Report of the Indian Hemp Drugs Commission, 1894-1895 - Volume IV
Year: 1894
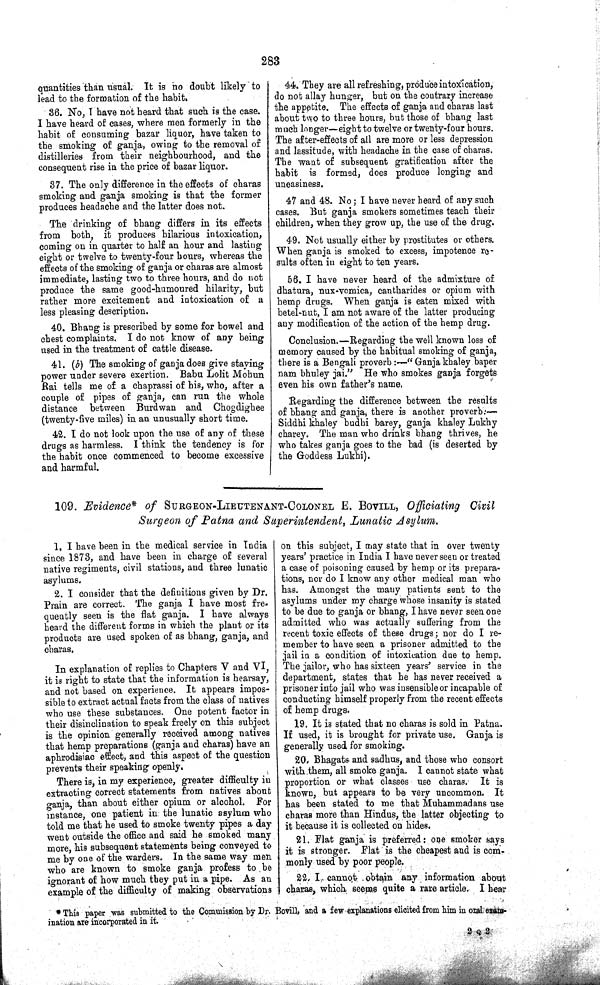
283
quantities than usual. It is no doubt likely to
lead to the formation of the habit.
36. No, I have not heard that such is the case.
I have heard of cases, where men formerly in the
habit of consuming bazar liquor, have taken to
the smoking of ganja, owing to the removal of
distilleries from their neighbourhood, and the
consequent rise in the price of bazar liquor.
37. The only difference in the effects of charas
smoking and ganja smoking is that the former
produces headache and the latter does not.
The drinking of bhang differs in its effects
from both, it produces hilarious intoxication,
coming on in quarter to half an hour and lasting
eight or twelve to twenty-four hours, whereas the
effects of the smoking of ganja or charas are almost
immediate, lasting two to three hours, and do not
produce the same good-humoured hilarity, but
rather more excitement and intoxication of a
less pleasing description.
40. Bhang is prescribed by some for bowel and
chest complaints. I do not know of any being
used in the treatment of cattle disease.
41. (b) The smoking of ganja does give staying
power under severe exertion. Babu Lolit Mohun
Rai tells me of a chaprassi of his, who, after a
couple of pipes of ganja, can run the whole
distance between Burdwan and Chogdighee
(twenty-five miles) in an unusually short time.
42. I do not look upon the use of any of these
drugs as harmless. I think the tendency is for
the habit once commenced to become excessive
and harmful.
44. They are all refreshing, produce intoxication,
do not allay hunger, but on the contrary increase
the appetite. The effects of ganja and charas last
about two to three hours, but those of bhang last
much longer—eight to twelve or twenty-four hours.
The after-effects of all are more or less depression
and lassitude, with headache in the case of charas.
The want of subsequent gratification after the
habit is formed, does produce longing and
uneasiness.
47 and 48. No; I have never heard of any such
cases. But ganja smokers sometimes teach their
children, when they grow up, the use of the drug.
49. Not usually either by prostitutes or others.
When ganja is smoked to excess, impotence re-
sults often in eight to ten years.
56. I have never heard of the admixture of
dhatura, nux-vomica, cantharides or opium with
hemp drugs. When ganja is eaten mixed with
betel-nut, I am not aware of the latter producing
any modification of the action of the hemp drug.
Conclusion.—Regarding the well known loss of
memory caused by the habitual smoking of ganja,
there is a Bengali proverb:—"Ganja khaley baper
nam bhuley jai." He who smokes ganja forgets
even his own father's name.
Regarding the difference between the results
of bhang and ganja, there is another proverb:—
Siddhi khaley budhi barey, ganja khaley Lukhy
charey. The man who drinks bhang thrives, he
who takes ganja goes to the bad (is deserted by
the Goddess Lukhi).
109. Evidence* of SURGEON-LIEUTENANT-COLONEL E. BOVILL, Officiating Civil
Surgeon of Patna and Superintendent, Lunatic Asylum.
1. I have been in the medical service in India
since 1873, and have been in charge of several
native regiments, civil stations, and three lunatic
asylums.
2. I consider that the definitions given by Dr.
Prain are correct. The ganja I have most fre-
quently seen is the flat ganja. I have always
heard the different forms in which the plant or its
products are used spoken of as bhang, ganja, and
charas.
In explanation of replies to Chapters V and VI,
it is right to state that the information is hearsay,
and not based on experience. It appears impos-
sible to extract actual facts from the class of natives
who use these substances. One potent factor in
their disinclination to speak freely on this subject
is the opinion generally received among natives
that hemp preparations (ganja and charas) have an
aphrodisiac effect, and this aspect of the question
prevents their speaking openly.
There is, in my experience, greater difficulty in
extracting correct statements from natives about
ganja, than about either opium or alcohol. For
instance, one patient in the lunatic asylum who
told me that he used to smoke twenty pipes a day
went outside the office and said he smoked many
more, his subsequent statements being conveyed to
me by one of the warders. In the same way men
who are known to smoke ganja profess to be
ignorant of how much they put in a pipe. As an
example of the difficulty of making observations
on this subject, I may state that in over twenty
years' practice in India I have never seen or treated
a case of poisoning caused by hemp or its prepara-
tions, nor do I know any other medical man who
has. Amongst the many patients sent to the
asylums under my charge whose insanity is stated
to be due to ganja or bhang, I have never seen one
admitted who was actually suffering from the
recent toxic effects of these drugs; nor do I re-
member to have seen a prisoner admitted to the
jail in a condition of intoxication due to hemp.
The jailor, who has sixteen years' service in the
department, states that he has never received a
prisoner into jail who was insensible or incapable of
conducting himself properly from the recent effects
of hemp drugs.
19. It is stated that no charas is sold in Patna.
If used, it is brought for private use. Ganja is
generally used for smoking.
20. Bhagats and sadhus, and those who consort
with them, all smoke ganja. I cannot state what
proportion or what classes use charas. It is
known, but appears to be very uncommon. It
has been stated to me that Muhammadans use
charas more than Hindus, the latter objecting to
it because it is collected on hides.
21. Flat ganja is preferred: one smoker says
it is stronger. Flat is the cheapest and is com-
monly used by poor people.
22. I cannot obtain any information about
charas, which seems quite a rare article. I hear
* This paper was submitted to the Commission by Dr. Bovill, and a few explanations elicited from him in oral exam-
ination are incorporated in it.
2 Q 2